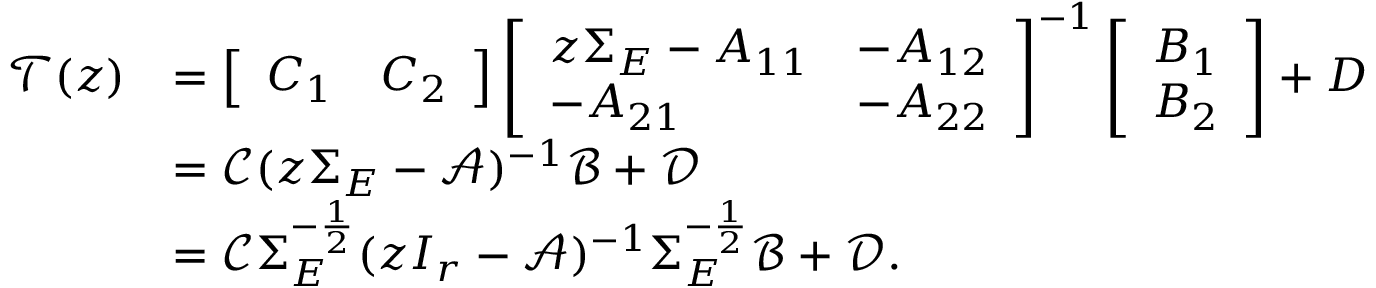
\begin{array} { r l } { \mathcal { T } ( z ) } & { = \left[ \begin{array} { l l } { C _ { 1 } } & { C _ { 2 } } \end{array} \right] \left[ \begin{array} { l l } { z \Sigma _ { E } - A _ { 1 1 } } & { - A _ { 1 2 } } \\ { - A _ { 2 1 } } & { - A _ { 2 2 } } \end{array} \right] ^ { - 1 } \left[ \begin{array} { l } { B _ { 1 } } \\ { B _ { 2 } } \end{array} \right] + D } \\ & { = \mathcal { C } ( z \Sigma _ { E } - \mathcal { A } ) ^ { - 1 } \mathcal { B } + \mathcal { D } } \\ & { = \mathcal { C } \Sigma _ { E } ^ { - \frac { 1 } { 2 } } ( z I _ { r } - \mathcal { A } ) ^ { - 1 } \Sigma _ { E } ^ { - \frac { 1 } { 2 } } \mathcal { B } + \mathcal { D } . } \end{array}